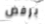
برفض